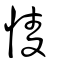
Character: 㥄